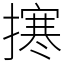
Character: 㩃